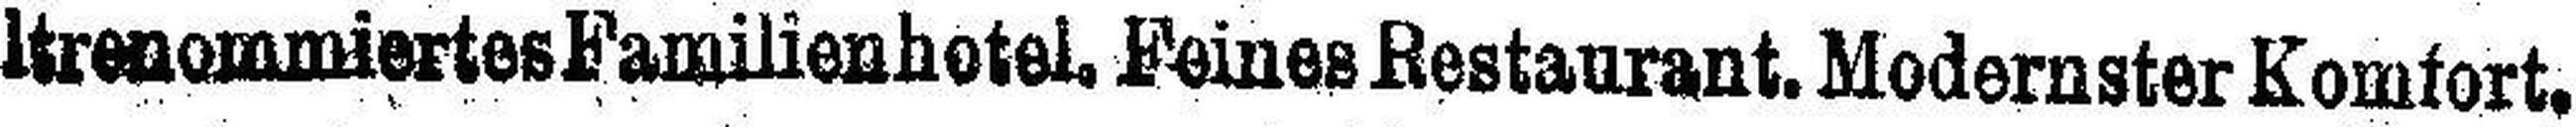
ltrenommiertes Familienhotel, Feines Restaurant. Modernster Komfort.